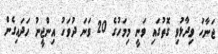
ޖަނާހު ވިދާޅުވި ގޮތުގައި ވަނީ މިމަހުގެ 20 ވަނަ ދުވަހު އިންޖީނު ހަދައިގެން